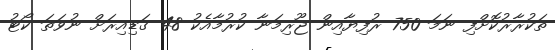
ތަކުރާރުކޮށްފި ނަމަ 750 ރުފިޔާއިން ޖޫރިމަނާ ކުރުމާއެކު 48 ގަޑިއިރަށް ނުވަތަ ކޯޓު